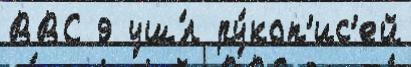
ВВС 9 уш́л ру́коп'ис'ей